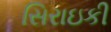
સિરાઇકી